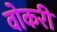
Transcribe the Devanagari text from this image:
वोकरी